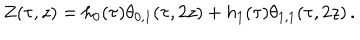
Z ( \tau , z ) = h _ { 0 } ( \tau ) \theta _ { 0 , 1 } ( \tau , 2 z ) + h _ { 1 } ( \tau ) \theta _ { 1 , 1 } ( \tau , 2 z ) \, .